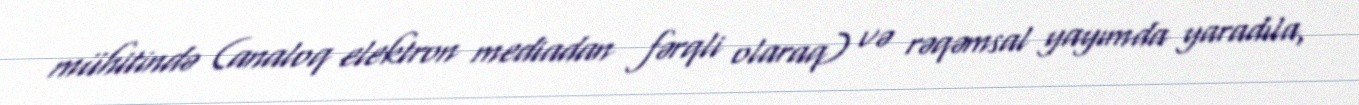
mühitində (analoq elektron mediadan fərqli olaraq) və rəqəmsal yayımda yaradıla,